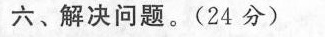
六、解决问题。(24分)